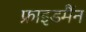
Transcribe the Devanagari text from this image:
फ्राइडमैंन